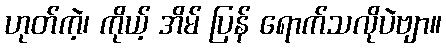
ဟုတ်ကဲ့၊ ကိုယ့် အိမ် ပြန် ရောက်သလိုပဲဗျာ။